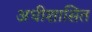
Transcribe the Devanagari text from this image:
अधीशासित